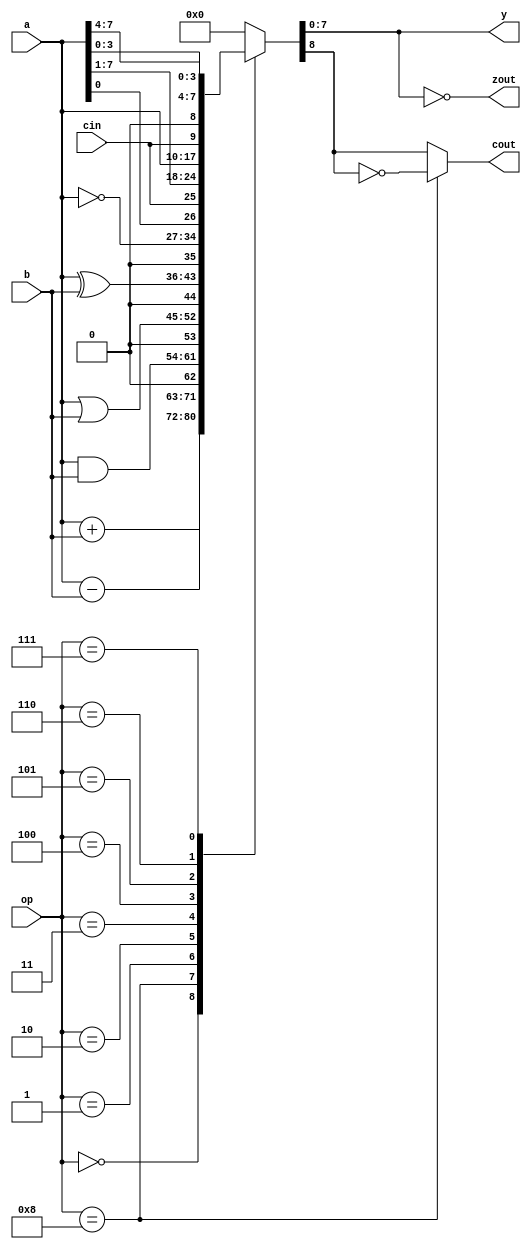
module picalu (
   op,
   a,
   b,
   y,
   cin,
   cout,
   zout
);
input  [3:0]	op;	
input  [7:0]	a;	
input  [7:0]	b;	
output [7:0]	y;	
input		cin;
output		cout;
output		zout;
reg		cout;
reg		zout;
reg [7:0]	y;
reg		addercout; 
parameter  ALUOP_ADD        = 4'b0000;
parameter  ALUOP_SUB        = 4'b1000;
parameter  ALUOP_AND        = 4'b0001;
parameter  ALUOP_OR         = 4'b0010;
parameter  ALUOP_XOR        = 4'b0011;
parameter  ALUOP_COM        = 4'b0100;
parameter  ALUOP_ROR        = 4'b0101;
parameter  ALUOP_ROL        = 4'b0110;
parameter  ALUOP_SWAP       = 4'b0111;
always @(a or b or cin or op) begin
   case (op) 
      ALUOP_ADD:  {addercout,  y}  <= a + b;
      ALUOP_SUB:  {addercout,  y}  <= a - b; 
      ALUOP_AND:  {addercout,  y}  <= {1'b0, a & b};
      ALUOP_OR:   {addercout,  y}  <= {1'b0, a | b};
      ALUOP_XOR:  {addercout,  y}  <= {1'b0, a ^ b};
      ALUOP_COM:  {addercout,  y}  <= {1'b0, ~a};
      ALUOP_ROR:  {addercout,  y}  <= {a[0], cin, a[7:1]};
      ALUOP_ROL:  {addercout,  y}  <= {a[7], a[6:0], cin};
      ALUOP_SWAP: {addercout,  y}  <= {1'b0, a[3:0], a[7:4]};
      default:    {addercout,  y}  <= {1'b0, 8'h00};
   endcase
end
always @(y)
   zout <= (y == 8'h00);
always @(addercout or op)
   if (op == ALUOP_SUB) cout <= ~addercout; 
   else                 cout <=  addercout;
endmodule